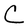
Character: C